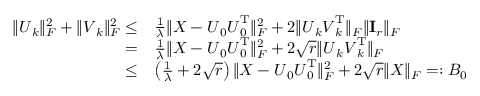
\begin{array} { r l } { \| \boldsymbol { U } _ { k } \| _ { F } ^ { 2 } + \| \boldsymbol { V } _ { k } \| _ { F } ^ { 2 } \leq } & { \frac { 1 } { \lambda } \| \boldsymbol { X } - \boldsymbol { U } _ { 0 } \boldsymbol { U } _ { 0 } ^ { \mathrm { T } } \| _ { F } ^ { 2 } + 2 \| \boldsymbol { U } _ { k } \boldsymbol { V } _ { k } ^ { \mathrm { T } } \| _ { F } \| { \bf I } _ { r } \| _ { F } } \\ { = } & { \frac { 1 } { \lambda } \| \boldsymbol { X } - \boldsymbol { U } _ { 0 } \boldsymbol { U } _ { 0 } ^ { \mathrm { T } } \| _ { F } ^ { 2 } + 2 \sqrt { r } \| \boldsymbol { U } _ { k } \boldsymbol { V } _ { k } ^ { \mathrm { T } } \| _ { F } } \\ { \leq } & { \left( \frac { 1 } { \lambda } + 2 \sqrt { r } \right) \| \boldsymbol { X } - \boldsymbol { U } _ { 0 } \boldsymbol { U } _ { 0 } ^ { \mathrm { T } } \| _ { F } ^ { 2 } + 2 \sqrt { r } \| \boldsymbol { X } \| _ { F } = : B _ { 0 } } \end{array}